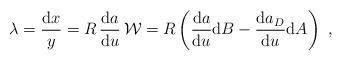
LaTeX: \begin{align*}\lambda= \frac{{\rm d}x}{y}={R} \,\frac{{\rm d}a}{{\rm d}u}\,{\cal W}= {R}\left(\frac{{\rm d}a}{{\rm d}u}{\rm d}B-\frac{{\rm d}a_D}{{\rm d}u}{\rm d}A\right)\ ,\end{align*}